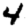
Digit: 4